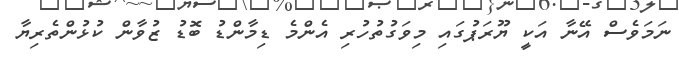
ނަމަވެސް އޭނާ އަކީ ޔޫރަޕުގައި މިވަގުތުހުރި އެންމެ ޑިމާންޑު ބޮޑު ޒުވާން ކުޅުންތެރިޔާ